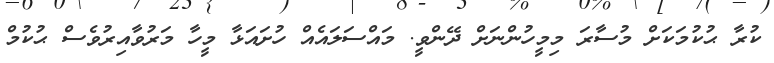
ކުރާ ޙުކުމަކަށް މުސާރަ މިމީހުންނަށް ދޭންވީ. މައްސަލައެއް ހުށައަޅާ މީހާ މަރުވާއިރުވެސް ޙުކުމް